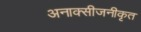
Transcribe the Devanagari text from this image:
अनाक्सीजनीकृत